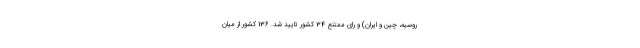
روسیه، چین و ایران) و رای ممتنع 34 کشور تایید شد. 136 کشور از میان